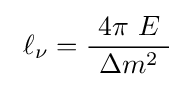
\ \ell _{\nu }={\frac {\ 4\pi \ E\ }{\Delta m^{2}}}\